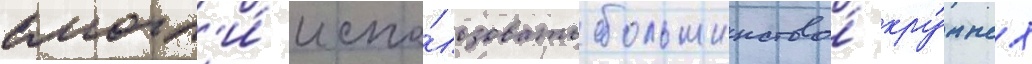
смогл'и́ испо́льзовать большинство́ кру́пных